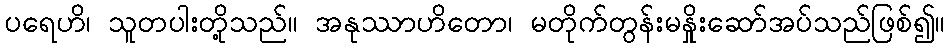
ပရေဟိ၊ သူတပါးတို့သည်။ အနုဿာဟိတော၊ မတိုက်တွန်းမနှိုးဆော်အပ်သည်ဖြစ်၍။